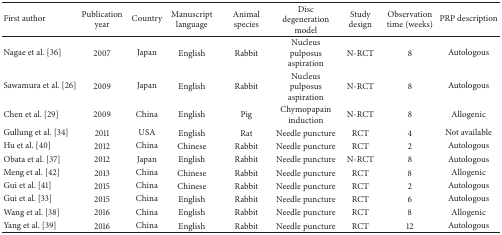
<table><thead><tr><td><b>First author</b></td><td><b>Publication year</b></td><td><b>Country</b></td><td><b>Manuscript language</b></td><td><b>Animal species</b></td><td><b>Disc degeneration model</b></td><td><b>Study design</b></td><td><b>Observation time (weeks)</b></td><td><b>PRP description</b></td></tr></thead><tbody><tr><td>Nagae et al. [36]</td><td>2007</td><td>Japan</td><td>English</td><td>Rabbit</td><td>Nucleus pulposus aspiration</td><td>N-RCT</td><td>8</td><td>Autologous</td></tr><tr><td>Sawamura et al. [26]</td><td>2009</td><td>Japan</td><td>English</td><td>Rabbit</td><td>Nucleus pulposus aspiration</td><td>N-RCT</td><td>8</td><td>Autologous</td></tr><tr><td>Chen et al. [29]</td><td>2009</td><td>China</td><td>English</td><td>Pig</td><td>Chymopapain induction</td><td>N-RCT</td><td>8</td><td>Allogenic</td></tr><tr><td>Gullung et al. [34]</td><td>2011</td><td>USA</td><td>English</td><td>Rat</td><td>Needle puncture</td><td>RCT</td><td>4</td><td>Not available</td></tr><tr><td>Hu et al. [40]</td><td>2012</td><td>China</td><td>Chinese</td><td>Rabbit</td><td>Needle puncture</td><td>RCT</td><td>2</td><td>Autologous</td></tr><tr><td>Obata et al. [37]</td><td>2012</td><td>Japan</td><td>English</td><td>Rabbit</td><td>Needle puncture</td><td>N-RCT</td><td>8</td><td>Autologous</td></tr><tr><td>Meng et al. [42]</td><td>2013</td><td>China</td><td>Chinese</td><td>Rabbit</td><td>Needle puncture</td><td>RCT</td><td>8</td><td>Allogenic</td></tr><tr><td>Gui et al. [41]</td><td>2015</td><td>China</td><td>Chinese</td><td>Rabbit</td><td>Needle puncture</td><td>RCT</td><td>2</td><td>Autologous</td></tr><tr><td>Gui et al. [33]</td><td>2015</td><td>China</td><td>English</td><td>Rabbit</td><td>Needle puncture</td><td>RCT</td><td>6</td><td>Autologous</td></tr><tr><td>Wang et al. [38]</td><td>2016</td><td>China</td><td>English</td><td>Rabbit</td><td>Needle puncture</td><td>RCT</td><td>8</td><td>Allogenic</td></tr><tr><td>Yang et al. [39]</td><td>2016</td><td>China</td><td>English</td><td>Rabbit</td><td>Needle puncture</td><td>RCT</td><td>12</td><td>Autologous</td></tr></tbody></table>